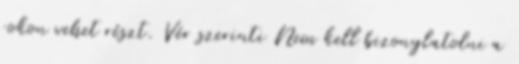
rokon vehet részt. Vér szerinti Nem kell bizonylatolni a